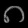
Digit: ၈